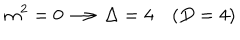
m ^ { 2 } = 0 \longrightarrow \Delta = 4 \quad ( D = 4 )